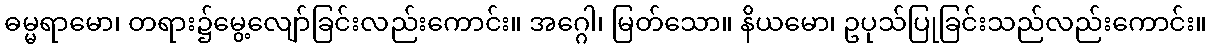
ဓမ္မရာမော၊ တရား၌မွေ့လျော်ခြင်းလည်းကောင်း။ အဂ္ဂေါ၊ မြတ်သော။ နိယမော၊ ဥပုသ်ပြုခြင်းသည်လည်းကောင်း။